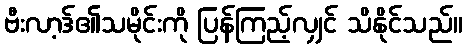
ဗီးလာ့ဒ်၏သမိုင်းကို ပြန်ကြည့်လျှင် သိနိုင်သည်။